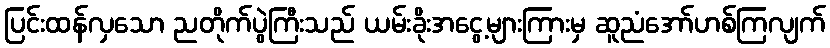
ပြင်းထန်လှသော ညတိုက်ပွဲကြီးသည် ယမ်းခိုးအငွေ့များကြားမှ ဆူညံအော်ဟစ်ကြလျက်